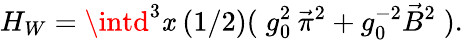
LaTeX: H_{W}=\intd^{3}\mathit{x}\; (1/2)(\; g_{0}^{2}\: \vec{{\pi}}^{2}+g_{0}^{-2}\vec{{B}}^{2}\; ).